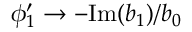
\phi _ { 1 } ^ { \prime } \rightarrow - \mathrm { I m } ( b _ { 1 } ) / b _ { 0 }